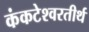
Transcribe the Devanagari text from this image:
कंकटेश्वरतीर्थ